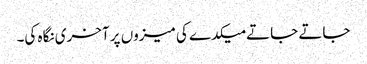
جاتے جاتے میکدے کی میزوں پر آخری نگاہ کی۔